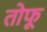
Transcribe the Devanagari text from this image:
तोफू